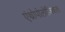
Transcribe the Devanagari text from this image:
एंथ्रोपोलोजिकल